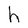
Character: h